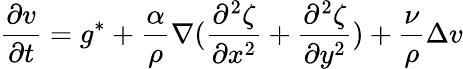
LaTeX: \frac{\partial v}{\partial t}=g^{*}+\frac{\alpha}{\rho}\nabla(\frac{\partial^{2}\zeta}{\partial x^{2}}+\frac{\partial^{2}\zeta}{\partial y^{2}})+\frac{\nu}{\rho}\Delta v